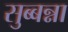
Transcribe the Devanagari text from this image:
सुब्बन्ना